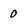
Character: 0